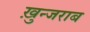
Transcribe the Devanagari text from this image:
ख़ुन्जराब